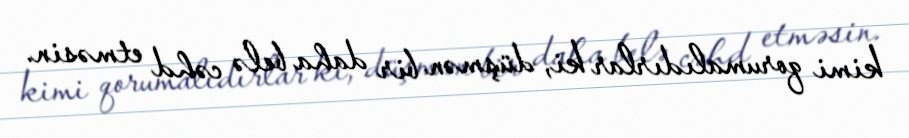
kimi qorumalıdırlar ki, düşmən bir daha belə cəhd etməsin.